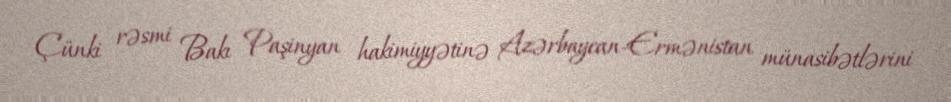
Çünki rəsmi Bakı Paşinyan hakimiyyətinə Azərbaycan-Ermənistan münasibətlərini